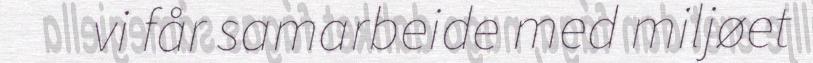
vi får samarbeide med miljøet